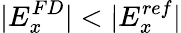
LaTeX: |E_{x}^{FD}|<|E_{x}^{ref}|